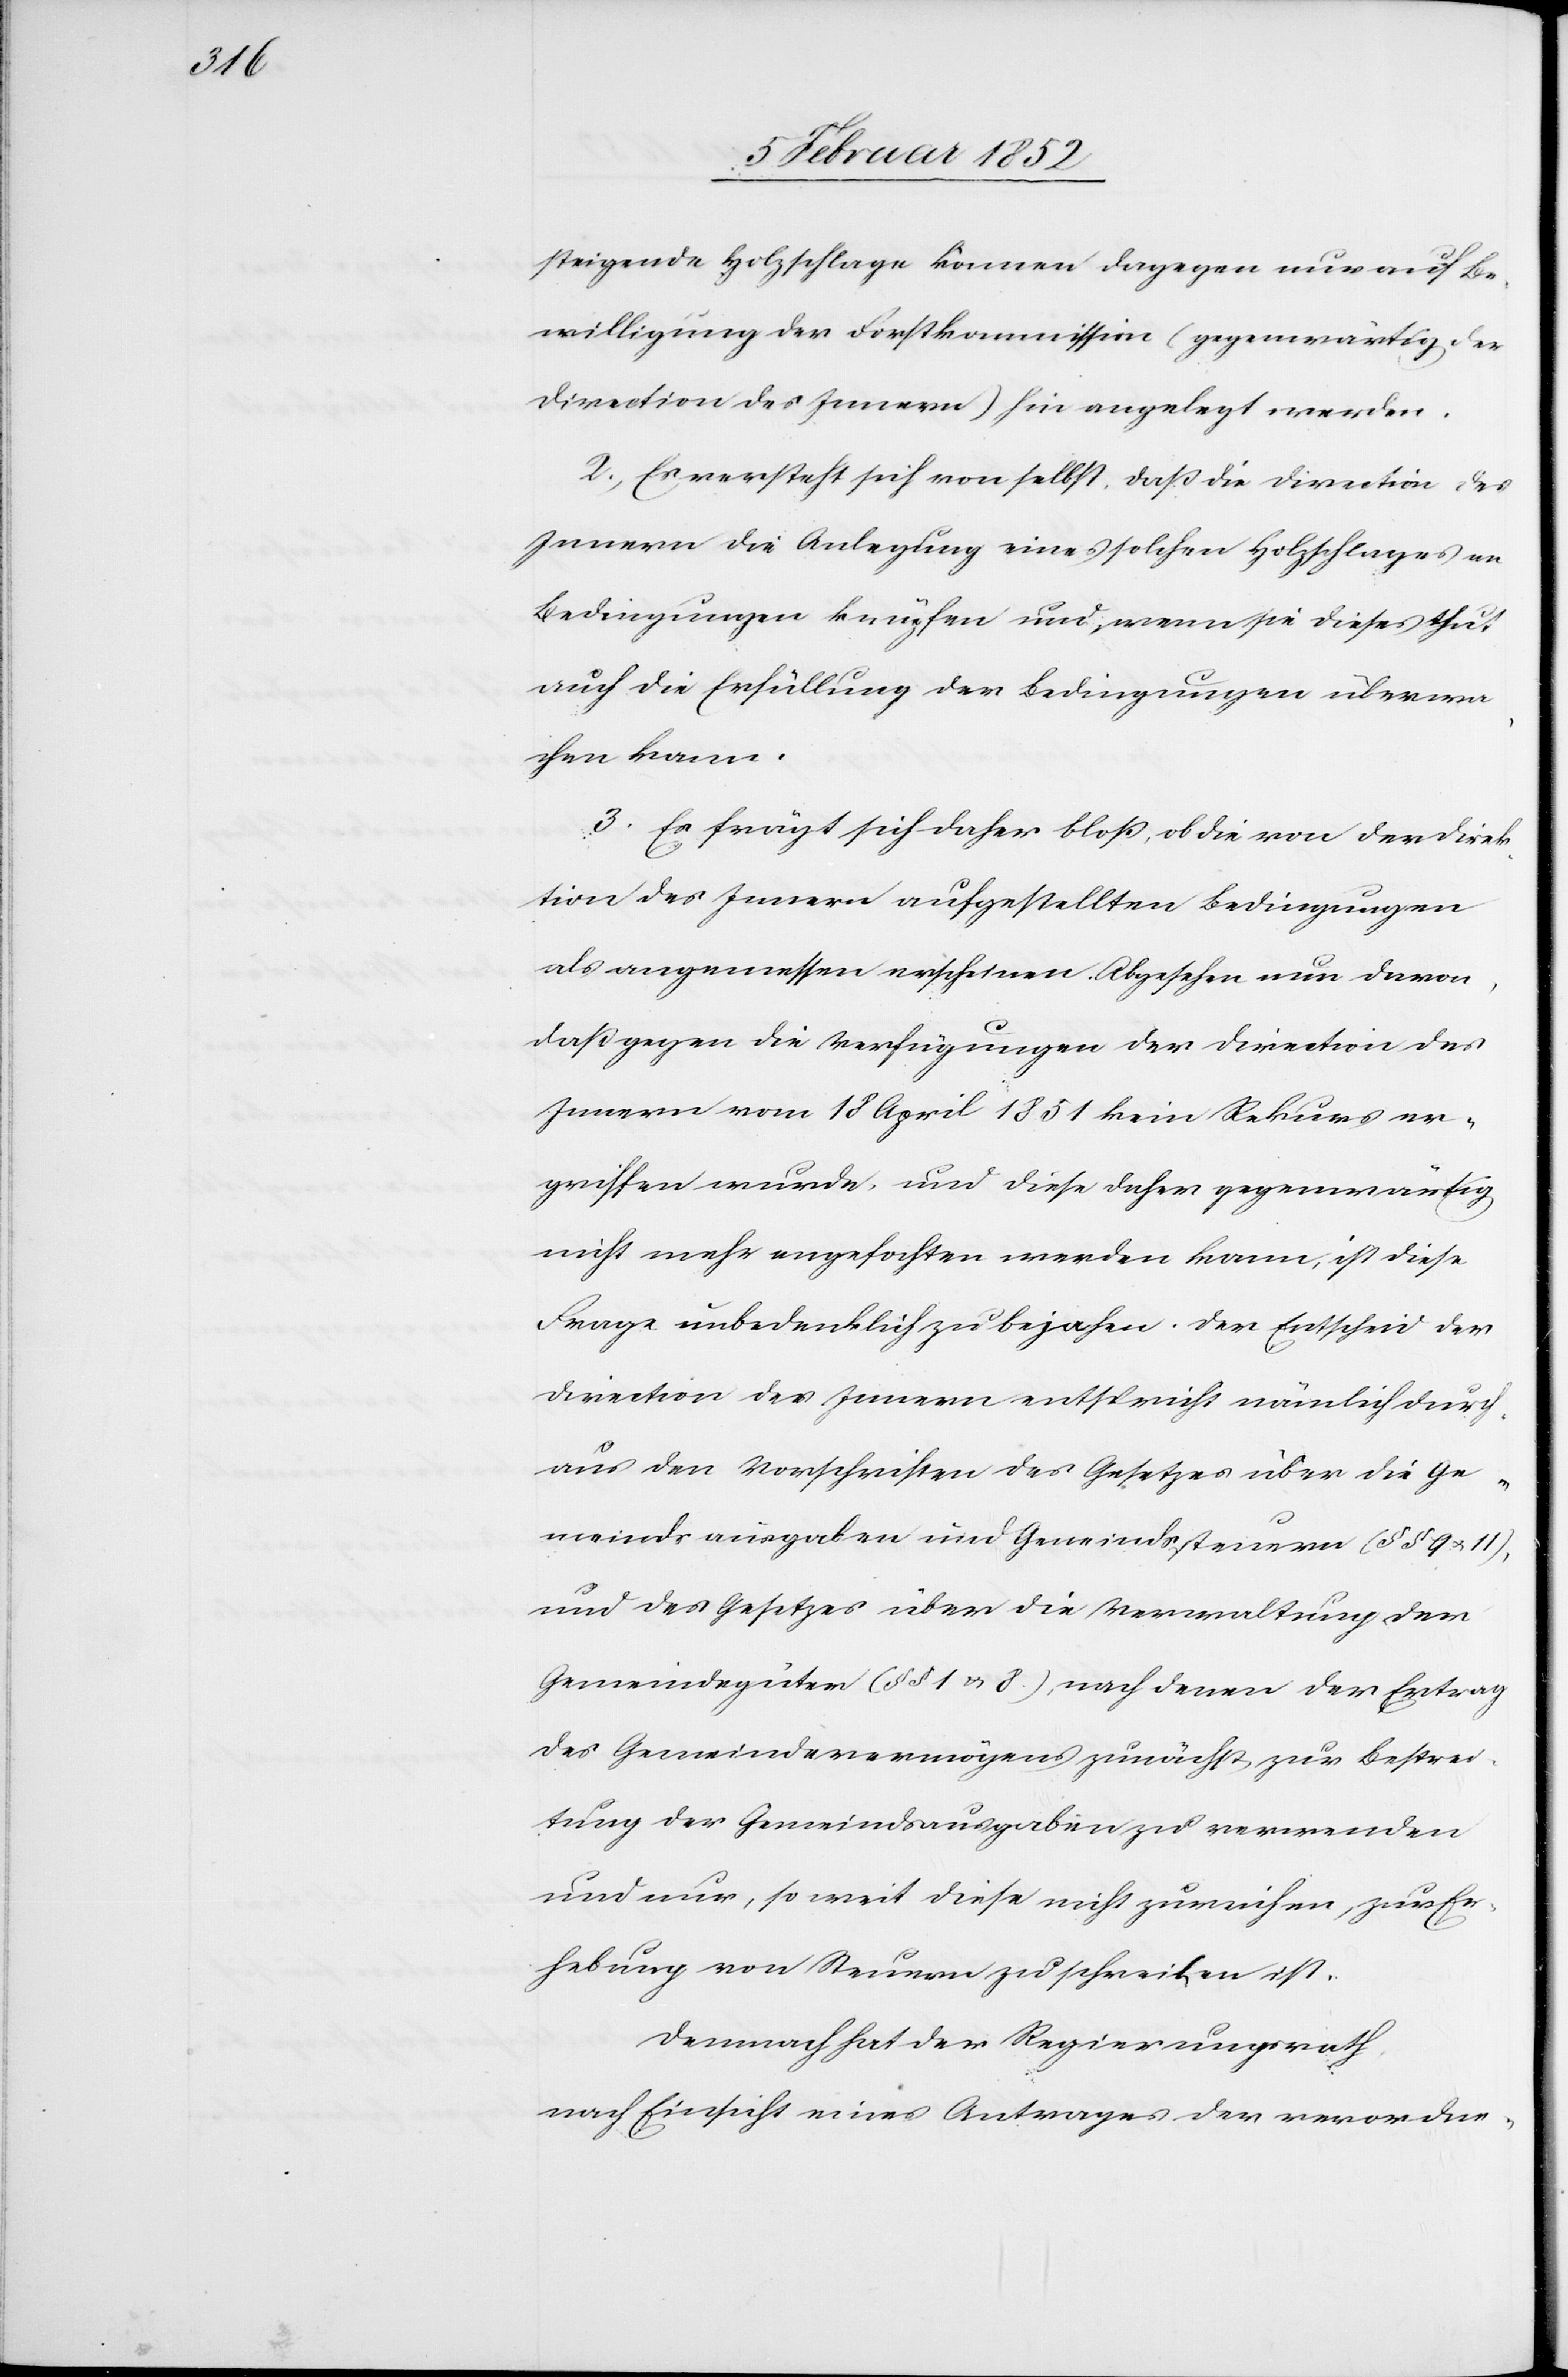
steigende Holzschläge können dagegen nur auf Be¬
willigung der Forstkommission (gegenwärtig der
Direction des Innern) hin angelegt werden.
2.) Es versteht sich von selbst, daß die Direction des
Innern die Anlegung eines solchen Holzschlages an
Bedingungen knüpfen und wenn sie dieses thut
auch die Erfüllung der Bedingungen überwa¬
chen kann.
3. Es frägt sich daher bloß, ob die von der Direk¬
tion des Innern aufgestellten Bedingungen
als angemessen erscheinen. Abgesehen nun davon,
daß gegen die Verfügungen der Direction des
Innern vom 18 April 1851 kein Rekurs er¬
griffen wurde, und diese daher gegenwärtig
nicht mehr angefochten werden kann, ist diese
Frage unbedenklich zu bejahen. Der Entscheid der
Direction des Innern entspricht nämlich durch¬
aus den Vorschriften des Gesetzes über die Ge¬
meindsausgaben und Gemeindssteuern (§§ 9. u.
und des Gesetzes über die Verwaltung der
Gemeindegüter (§§ 1. u. 8.), nach denen der Ertrag
des Gemeindevermögens zunächst zur Bestrei¬
tung der Gemeindsausgaben zu verwenden
und nur, so weit diese nicht zureichen, zur Er¬
hebung von Neuem zu schreiten ist.
Demnach hat der Regierungsrath,
nach Einsicht eines Antrages der verordne-